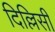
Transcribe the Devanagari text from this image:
दिल्लिसी